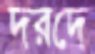
দরদে